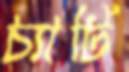
চ্যাটি